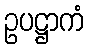
ဥပဋ္ဌာကံ